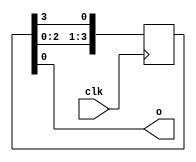
module DimmerX2(input clk, output o);
	parameter n = 4;
	reg [n:0]arr;
	assign o = arr[0];
	initial begin
		arr = 3;
	end
	always @ (posedge clk) begin
		arr[n:1] = arr[n-1:0];
		arr[0] = arr[n];
	end
endmodule

module DimmerX4(input clk, output o);
	parameter n = 4;
	reg [n:0]arr;
	assign o = arr[0];
	initial begin
		arr = 1;
	end
	always @ (posedge clk) begin
		arr[n:1] = arr[n-1:0];
		arr[0] = arr[n];
	end
endmodule